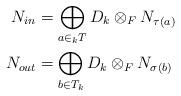
LaTeX: \begin{align*}N_{in} &= \displaystyle \bigoplus_{a \in _{k}T} D_{k} \otimes_{F} N_{\tau(a)} \\N_{out}&=\displaystyle \bigoplus_{b \in T_{k}} D_{k} \otimes_{F} N_{\sigma(b)}\end{align*}